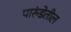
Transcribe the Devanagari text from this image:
पारुंडेतील